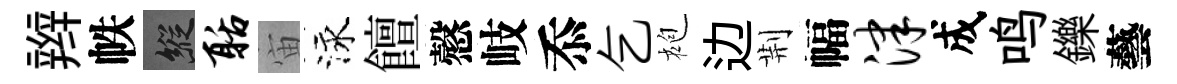
辫帙縱聒宙泳饘慤岐忝乞袍边荆幅津成鸣鑠藝